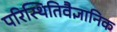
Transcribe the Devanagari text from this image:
परिस्थितिवैज्ञानिक